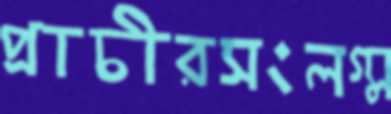
প্রাচীরসংলগ্ন